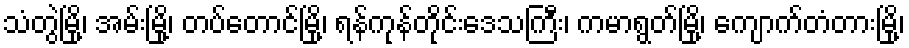
သံတွဲမြို့၊ အမ်းမြို့၊ တပ်တောင်မြို့၊ ရန်ကုန်တိုင်းဒေသကြီး၊ ကမာရွတ်မြို့၊ ကျောက်တံတားမြို့၊